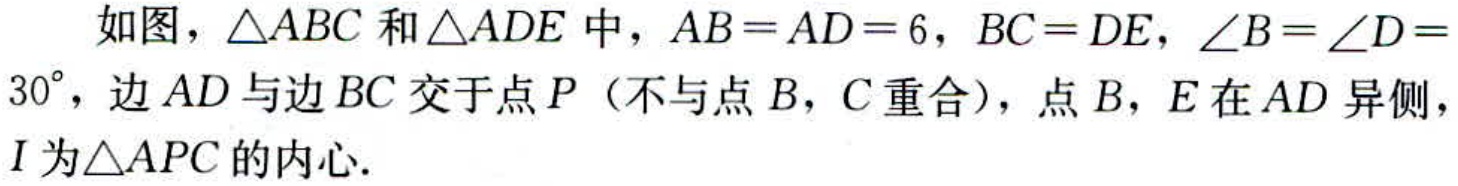
如图，\(\triangle ABC\)和\(\triangle ADE\)中，\(AB = AD = 6\)，\(BC = DE\)，\(\angle B=\angle D = 30^{\circ}\)，边\(AD\)与边\(BC\)交于点\(P\)（不与点\(B\)，\(C\)重合），点\(B\)，\(E\)在\(AD\)异侧，\(I\)为\(\triangle APC\)的内心.